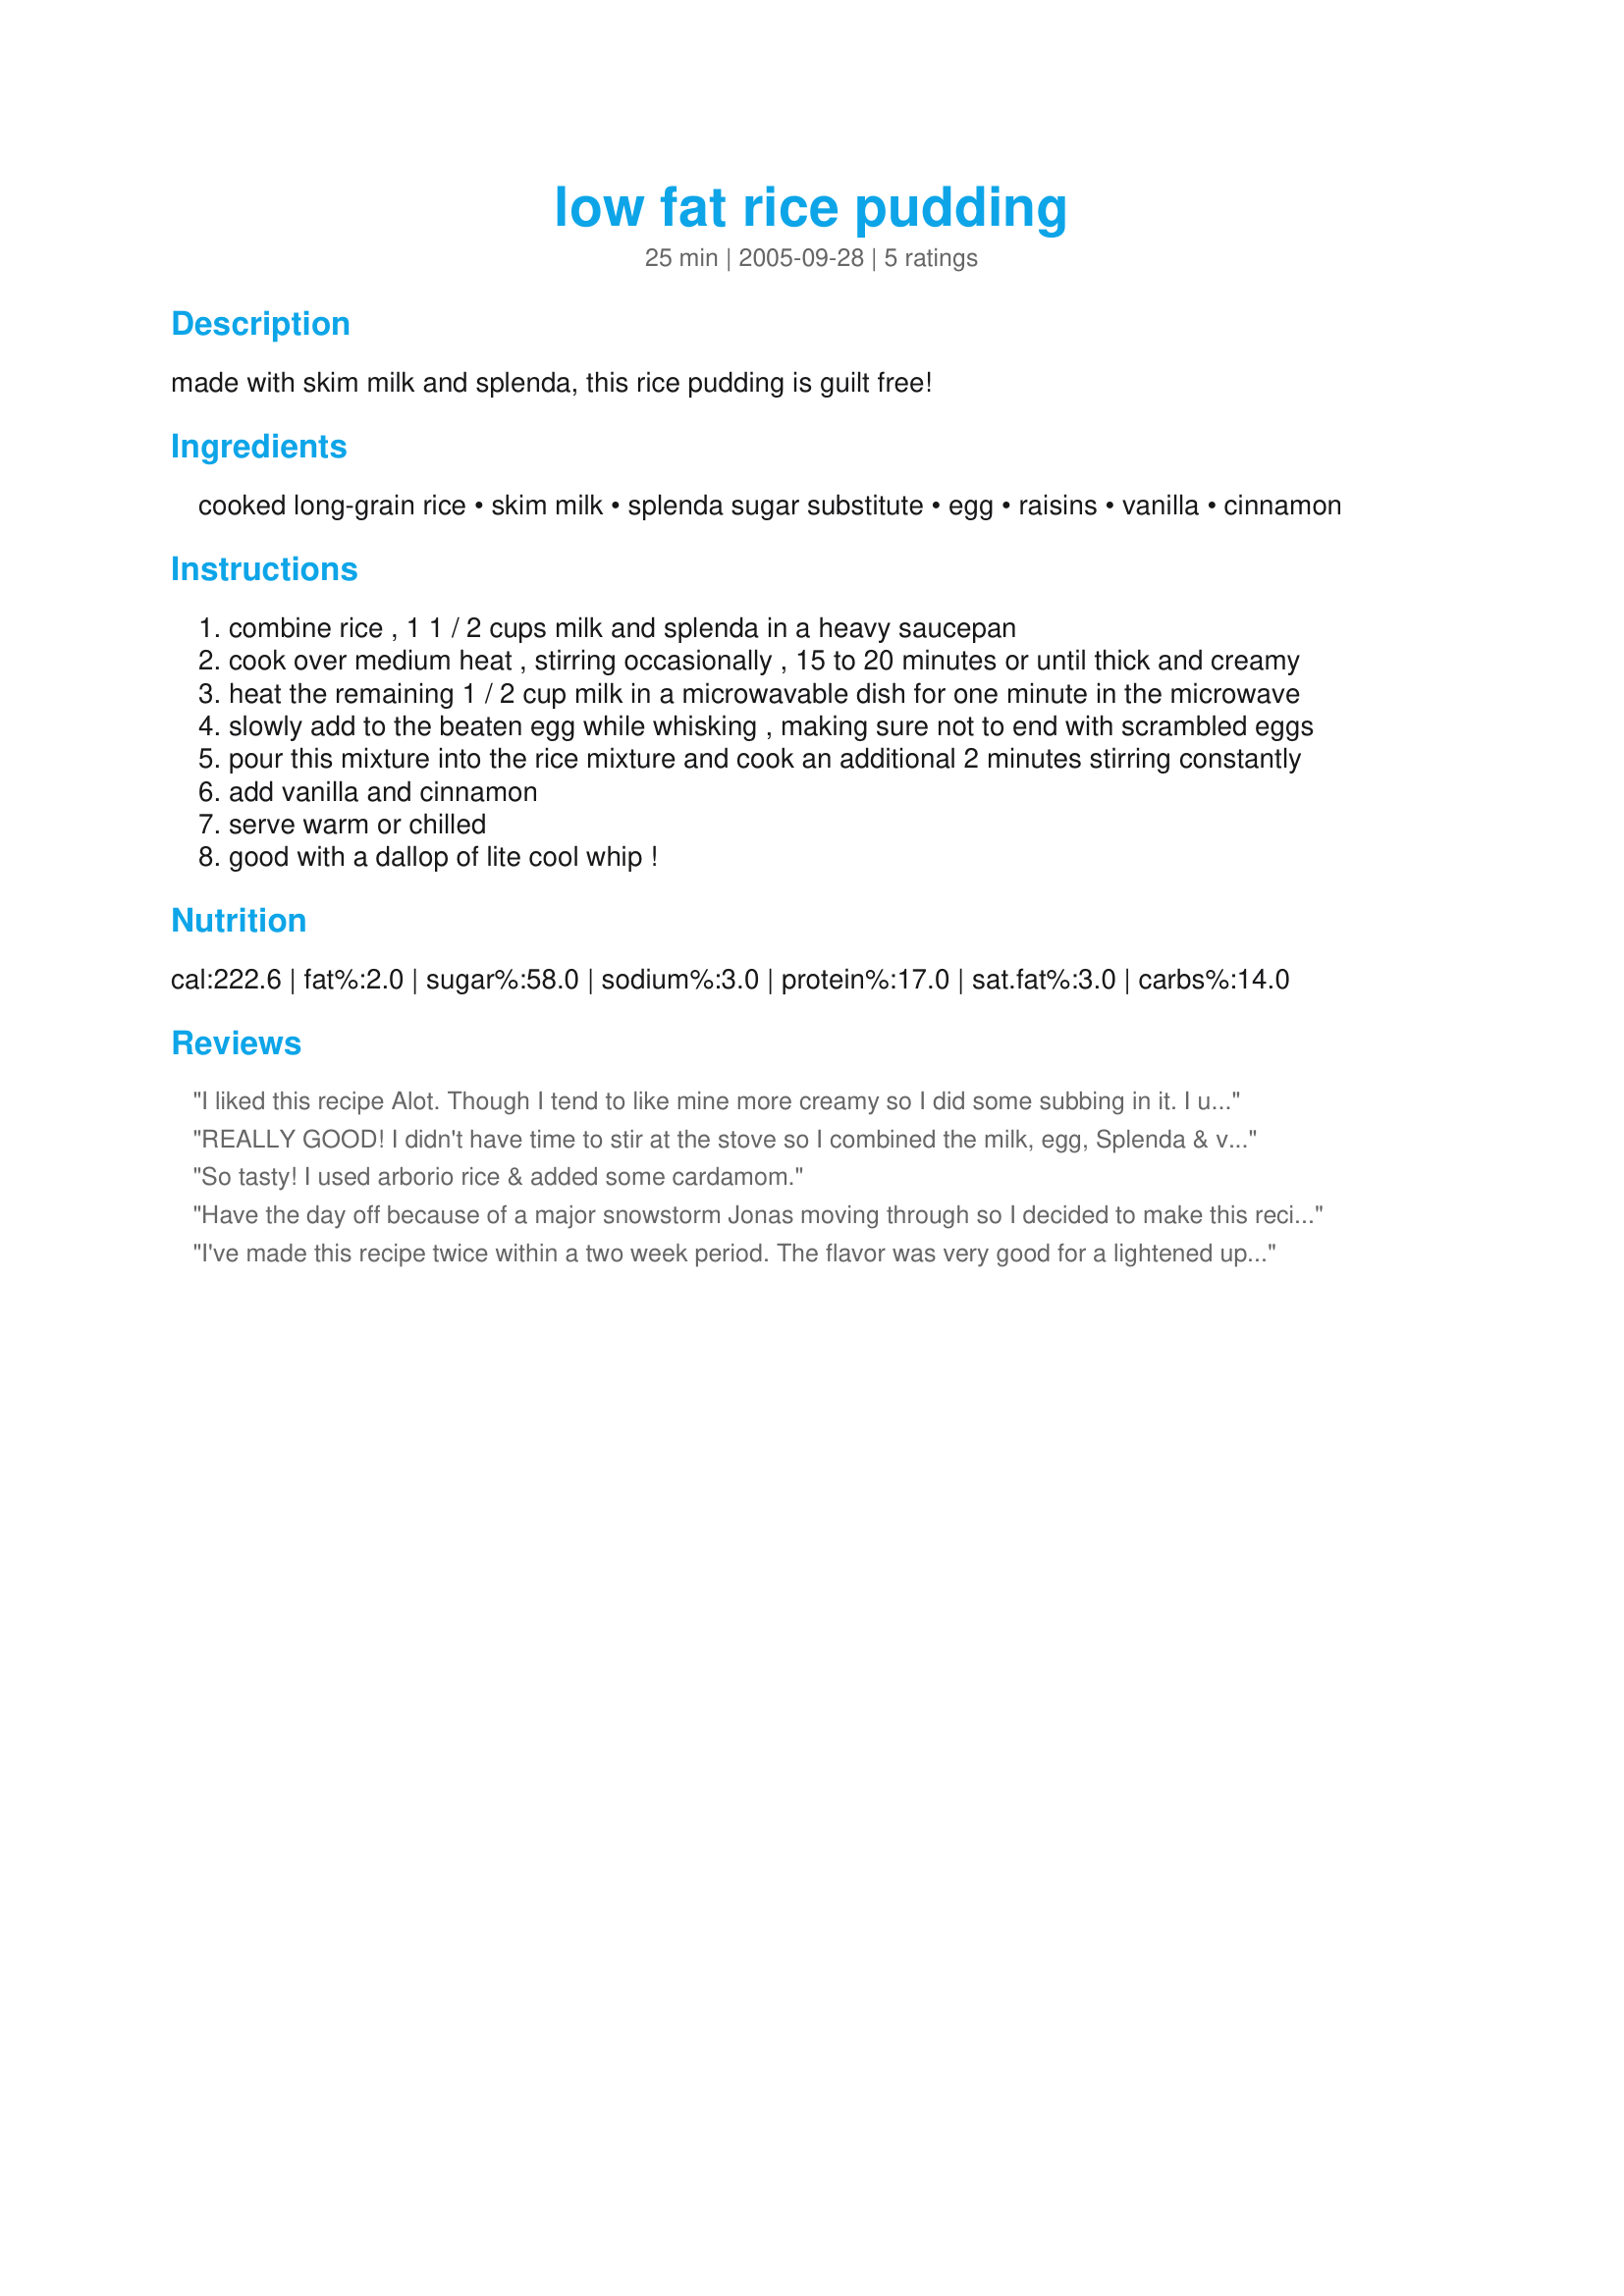
low fat rice pudding
Preparation time: 25 minutes

made with skim milk and splenda, this rice pudding is guilt free!

Ingredients:
cooked long-grain rice, skim milk, splenda sugar substitute, egg, raisins, vanilla, cinnamon

Steps:
combine rice , 1 1 / 2 cups milk and splenda in a heavy saucepan
cook over medium heat , stirring occasionally , 15 to 20 minutes or until thick and creamy
heat the remaining 1 / 2 cup milk in a microwavable dish for one minute in the microwave
slowly add to the beaten egg while whisking , making sure not to end with scrambled eggs
pour this mixture into the rice mixture and cook an additional 2 minutes stirring constantly
add vanilla and cinnamon
serve warm or chilled
good with a dallop of lite cool whip !

Reviews:
I liked this recipe Alot. Though I tend to like mine more creamy so I did some subbing in it.
I used Lowfat evaporated milk and Egg whites in mine.
REALLY GOOD! I didn't have time to stir at the stove so I combined the milk, egg, Splenda & vanilla then added the rice, craisins (I don't like raisins) and cinnamon. I baked it all in a dish sprayed with butter flavored cooking spray for 20 min at 350 while I showered. YUMMY breakfast!
So tasty! I used arborio rice & added some cardamom.
Have the day off because of a major snowstorm Jonas moving through so I decided to make this recipe and it came out wonderfully. I made it exactly how the recipe went and it is wonderfully tasty not overly sweet. A wonderful comfort food without severe guilt on such a cold snowy day.
I've made this recipe twice within a two week period. The flavor was very good for a lightened up stove top type rice pudding. I would certainly make it a third time, but would use the lessons I learned by making it twice already. Here are some observations/suggestions from my experience making this recipe: The first time I made it, I used freshly cooked hot Jasmine rice. The Jasmine rice gave the finished pudding a special lovely flavor, but the cooked Jasmine rice was a bit too soft. The rice seemed to thicken the pudding too fast and too much. After the pudding was refrigerated, the rice sort of lost its shape and dissolved into the pudding. The refrigerated pudding was not pudding-like, but more like a hard custard. The second time I made the recipe, I used cold refrigerated cooked rice which was rice that was not as cooked as the Jasmine rice I used the first time I made the recipe. This, along with not thickening the pudding during the cooking quite as much (cooked pudding mix fewer minutes and on lower heat than the recipe suggests) made for a perfect texture with rice that held up. Yes, I cooked the pudding on low simmer instead of medium heat. I cooked it until it was just barely pudding thickness both during the first cooking phase, and the second one with the remaining milk and egg. When I removed it from the heat at the end, it was like a slightly runny rice pudding, but as it cooled, it thickened. It was perfectly thick (to my taste) when it was still a little warm. After refrigerating, it was even slightly thicker, but still where I wanted it. My refrigerated pudding was thick enough that I could literally turn the bowl upside down and not have the pudding fall out. But when I dug into it with a spoon, it was fine. As said, the rice held up the second time. The rice I used the second time was a leftover rice from a Japanese restaurant. A plain type white rice.
